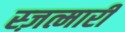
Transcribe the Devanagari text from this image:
स्ज़त्मारी